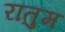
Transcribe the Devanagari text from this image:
रातुम